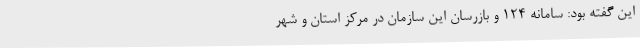
این گفته بود: سامانه 124 و بازرسان این سازمان در مرکز استان و شهر